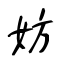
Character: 妨